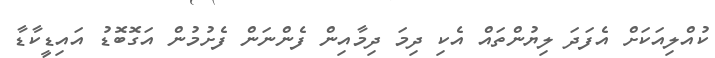
ކުއްލިއަކަށް އެފަދަ ލިޔުންތައް އެކި ދިމަ ދިމާއިން ފެންނަން ފެށުމުން އަގޮބޮޑު އައިޑީކާޑާ